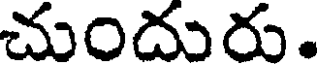
చుందురు.